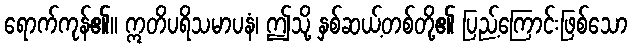
ရောက်ကုန်၏။ ဣတိပရိသမာပနံ၊ ဤသို့ နှစ်ဆယ့်တစ်တို့၏ ပြည့်ကြောင်းဖြစ်သော